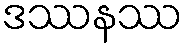
ဒဿနဿ